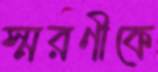
স্মরণীকে